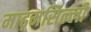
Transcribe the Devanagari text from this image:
माढ़मसिल्ली